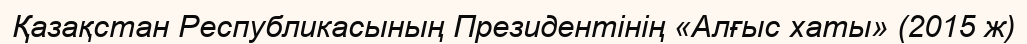
Қазақстан Республикасының Президентінің «Алғыс хаты» (2015 ж)